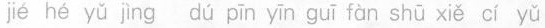
jié hé yǔ jìng dú pīn yīn guī fàn shū xiě cí yǔ